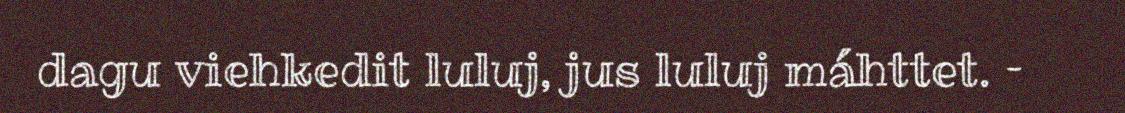
dagu viehkedit luluj, jus luluj máhttet. –